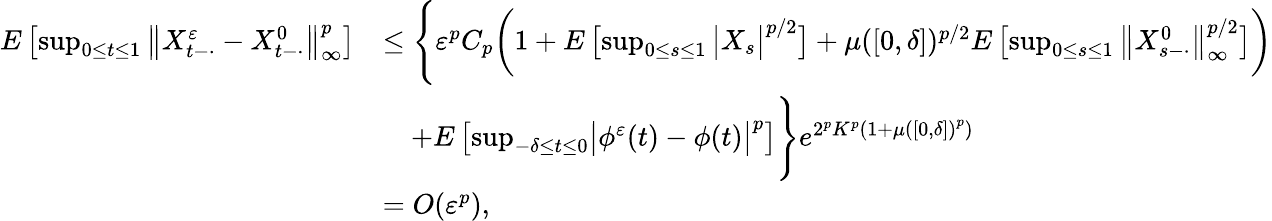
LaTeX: \begin{array}{rl}{E\left[\operatorname*{sup}_{0\leq t\leq 1}\left\| X_{t-\cdot}^{\varepsilon}-X_{t-\cdot}^{0}\right\| _{\infty}^{p}\right]}&{\leq\Biggl\{ \varepsilon^{p}C_{p}\bigg(1+E\left[\operatorname*{sup}_{0\leq s\leq 1}\big|X_{s}\big|^{p/2}\right]+\mu([0,\delta])^{p/2}E\left[\operatorname*{sup}_{0\leq s\leq 1}\big\| X_{s-\cdot}^{0}\big\| _{\infty}^{p/2}\right]\bigg)}\\ &{\quad+E\left[\operatorname*{sup}_{-\delta\leq t\leq 0}\bigl|\phi^{\varepsilon}(t)-\phi(t)\bigr|^{p}\right]\Biggr\} e^{2^{p}K^{p}\left(1+\mu\left([0,\delta]\right)^{p}\right)}}\\ &{=O(\varepsilon^{p}),}\end{array}